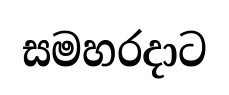
සමහරදාට